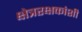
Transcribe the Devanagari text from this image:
क्षेत्ररक्षकांशी